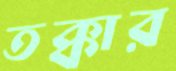
তক্কার